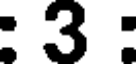
: 3 :